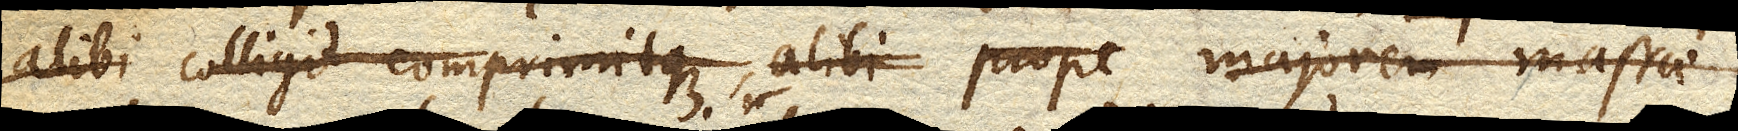
alibi colligit comprimitque, alibi prope majorem massae